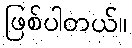
ဖြစ်ပါတယ်။